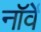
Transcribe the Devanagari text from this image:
नाॅर्वे